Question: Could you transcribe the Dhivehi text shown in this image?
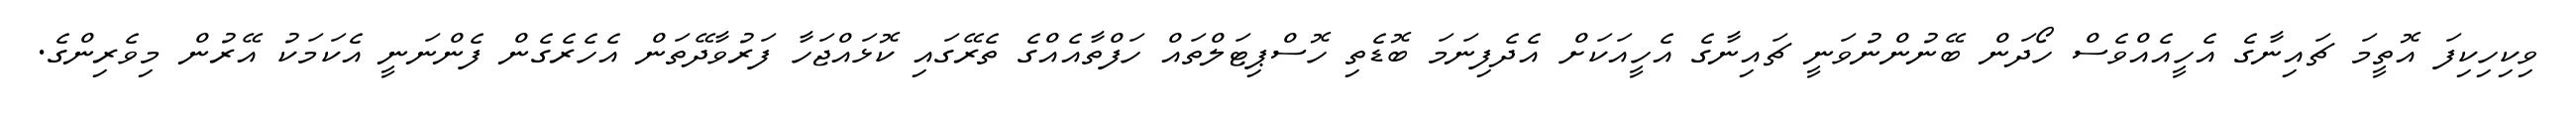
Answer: ވިކިހިކިފަ އޮތީމަ ޗައިނާގެ އެހީއެއްވެސް ހޯދަން ބޭނުންނުވަނީ ޗައިނާގެ އެހީއަކަށް އެދެފިނަމަ ބޮޑެތި ހޮސްޕިޓަލްތައް ހަފްތާއެއްގެ ތެރޭގައި ކޮޅައްޖަހާ ފަރުވާދޭތަން އެހެރެގެން ފެންނަނީ އެކަމަކު އޭރުން މިވެރިންގެ.